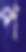
প